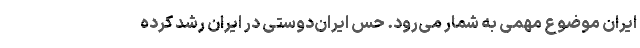
ایران موضوع مهمی به‌ شمار می‌رود. حس ایران‌دوستی در ایران رشد کرده